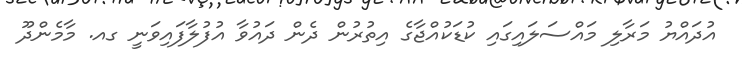
އުދައްޔު މަރާލި މައްސަލައިގައި ކުޑަކުއްޖާގެ އިތުރުން ދެން ދައުވާ އުފުލާފައިވަނީ ގއ. މާމެންދޫ